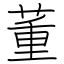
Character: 董